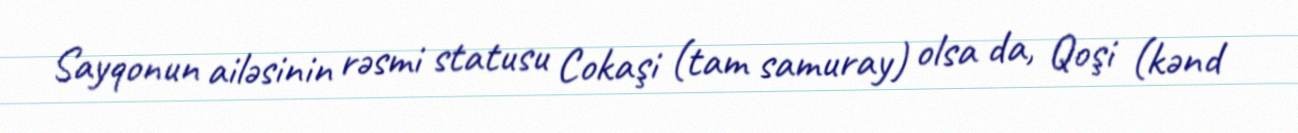
Sayqonun ailəsinin rəsmi statusu Cokaşi (tam samuray) olsa da, Qoşi (kənd